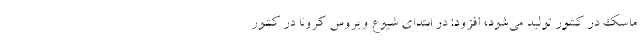
ماسک در کشور تولید می‌شود، افزود: در ابتدای شیوع ویروس کرونا در کشور